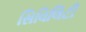
સિવિલિટી